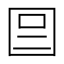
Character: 𡇉